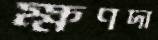
ক্ষণদা